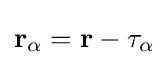
\mathbf {r} _{\alpha }=\mathbf {r} -\mathbf {\tau } _{\alpha }